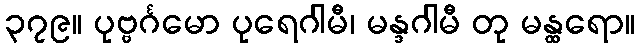
၃၇၉။ ပုဗ္ဗင်္ဂမော ပုရေဂါမီ၊ မန္ဒဂါမီ တု မန္ထရော။